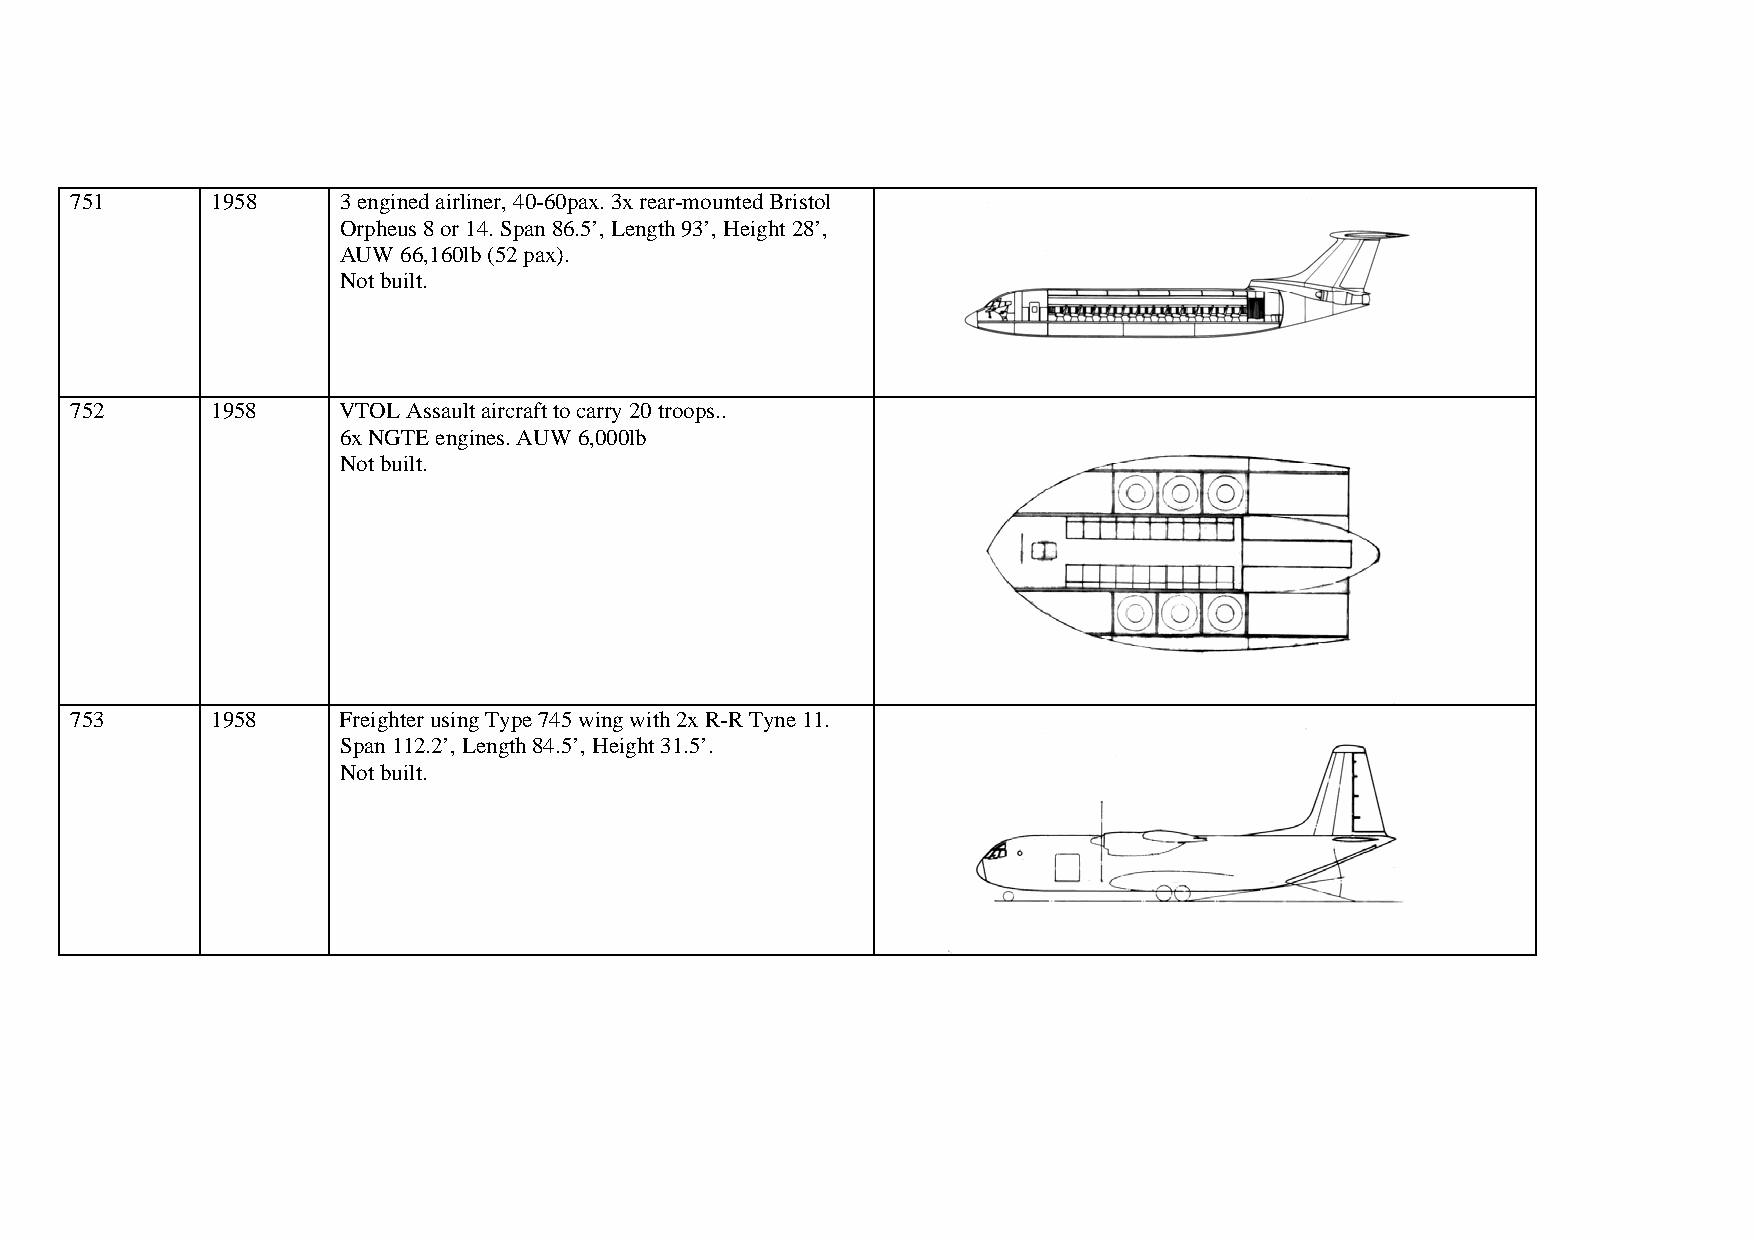
751      1958    3 engined airliner, 40-60pax. 3x rear-mounted Bristol
 Orpheus 8 or 14. Span 86.5’, Length 93’, Height 28’,
 AUW 66,160lb (52 pax).
 Not built.
 752      1958    VTOL Assault aircraft to carry 20 troops..
 6x NGTE engines. AUW 6,000lb
 Not built.
 753      1958    Freighter using Type 745 wing with 2x R-R Tyne 11.
 Span 112.2’, Length 84.5’, Height 31.5’.
 Not built.